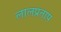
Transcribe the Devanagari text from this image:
लालप्रताप